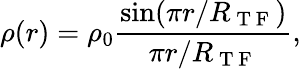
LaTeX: \rho(r)=\rho_{0}\frac{\sin(\pi r/R_{\mathrm{~T~F~}})}{\pi r/R_{\mathrm{~T~F~}}},